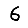
Digit: 6